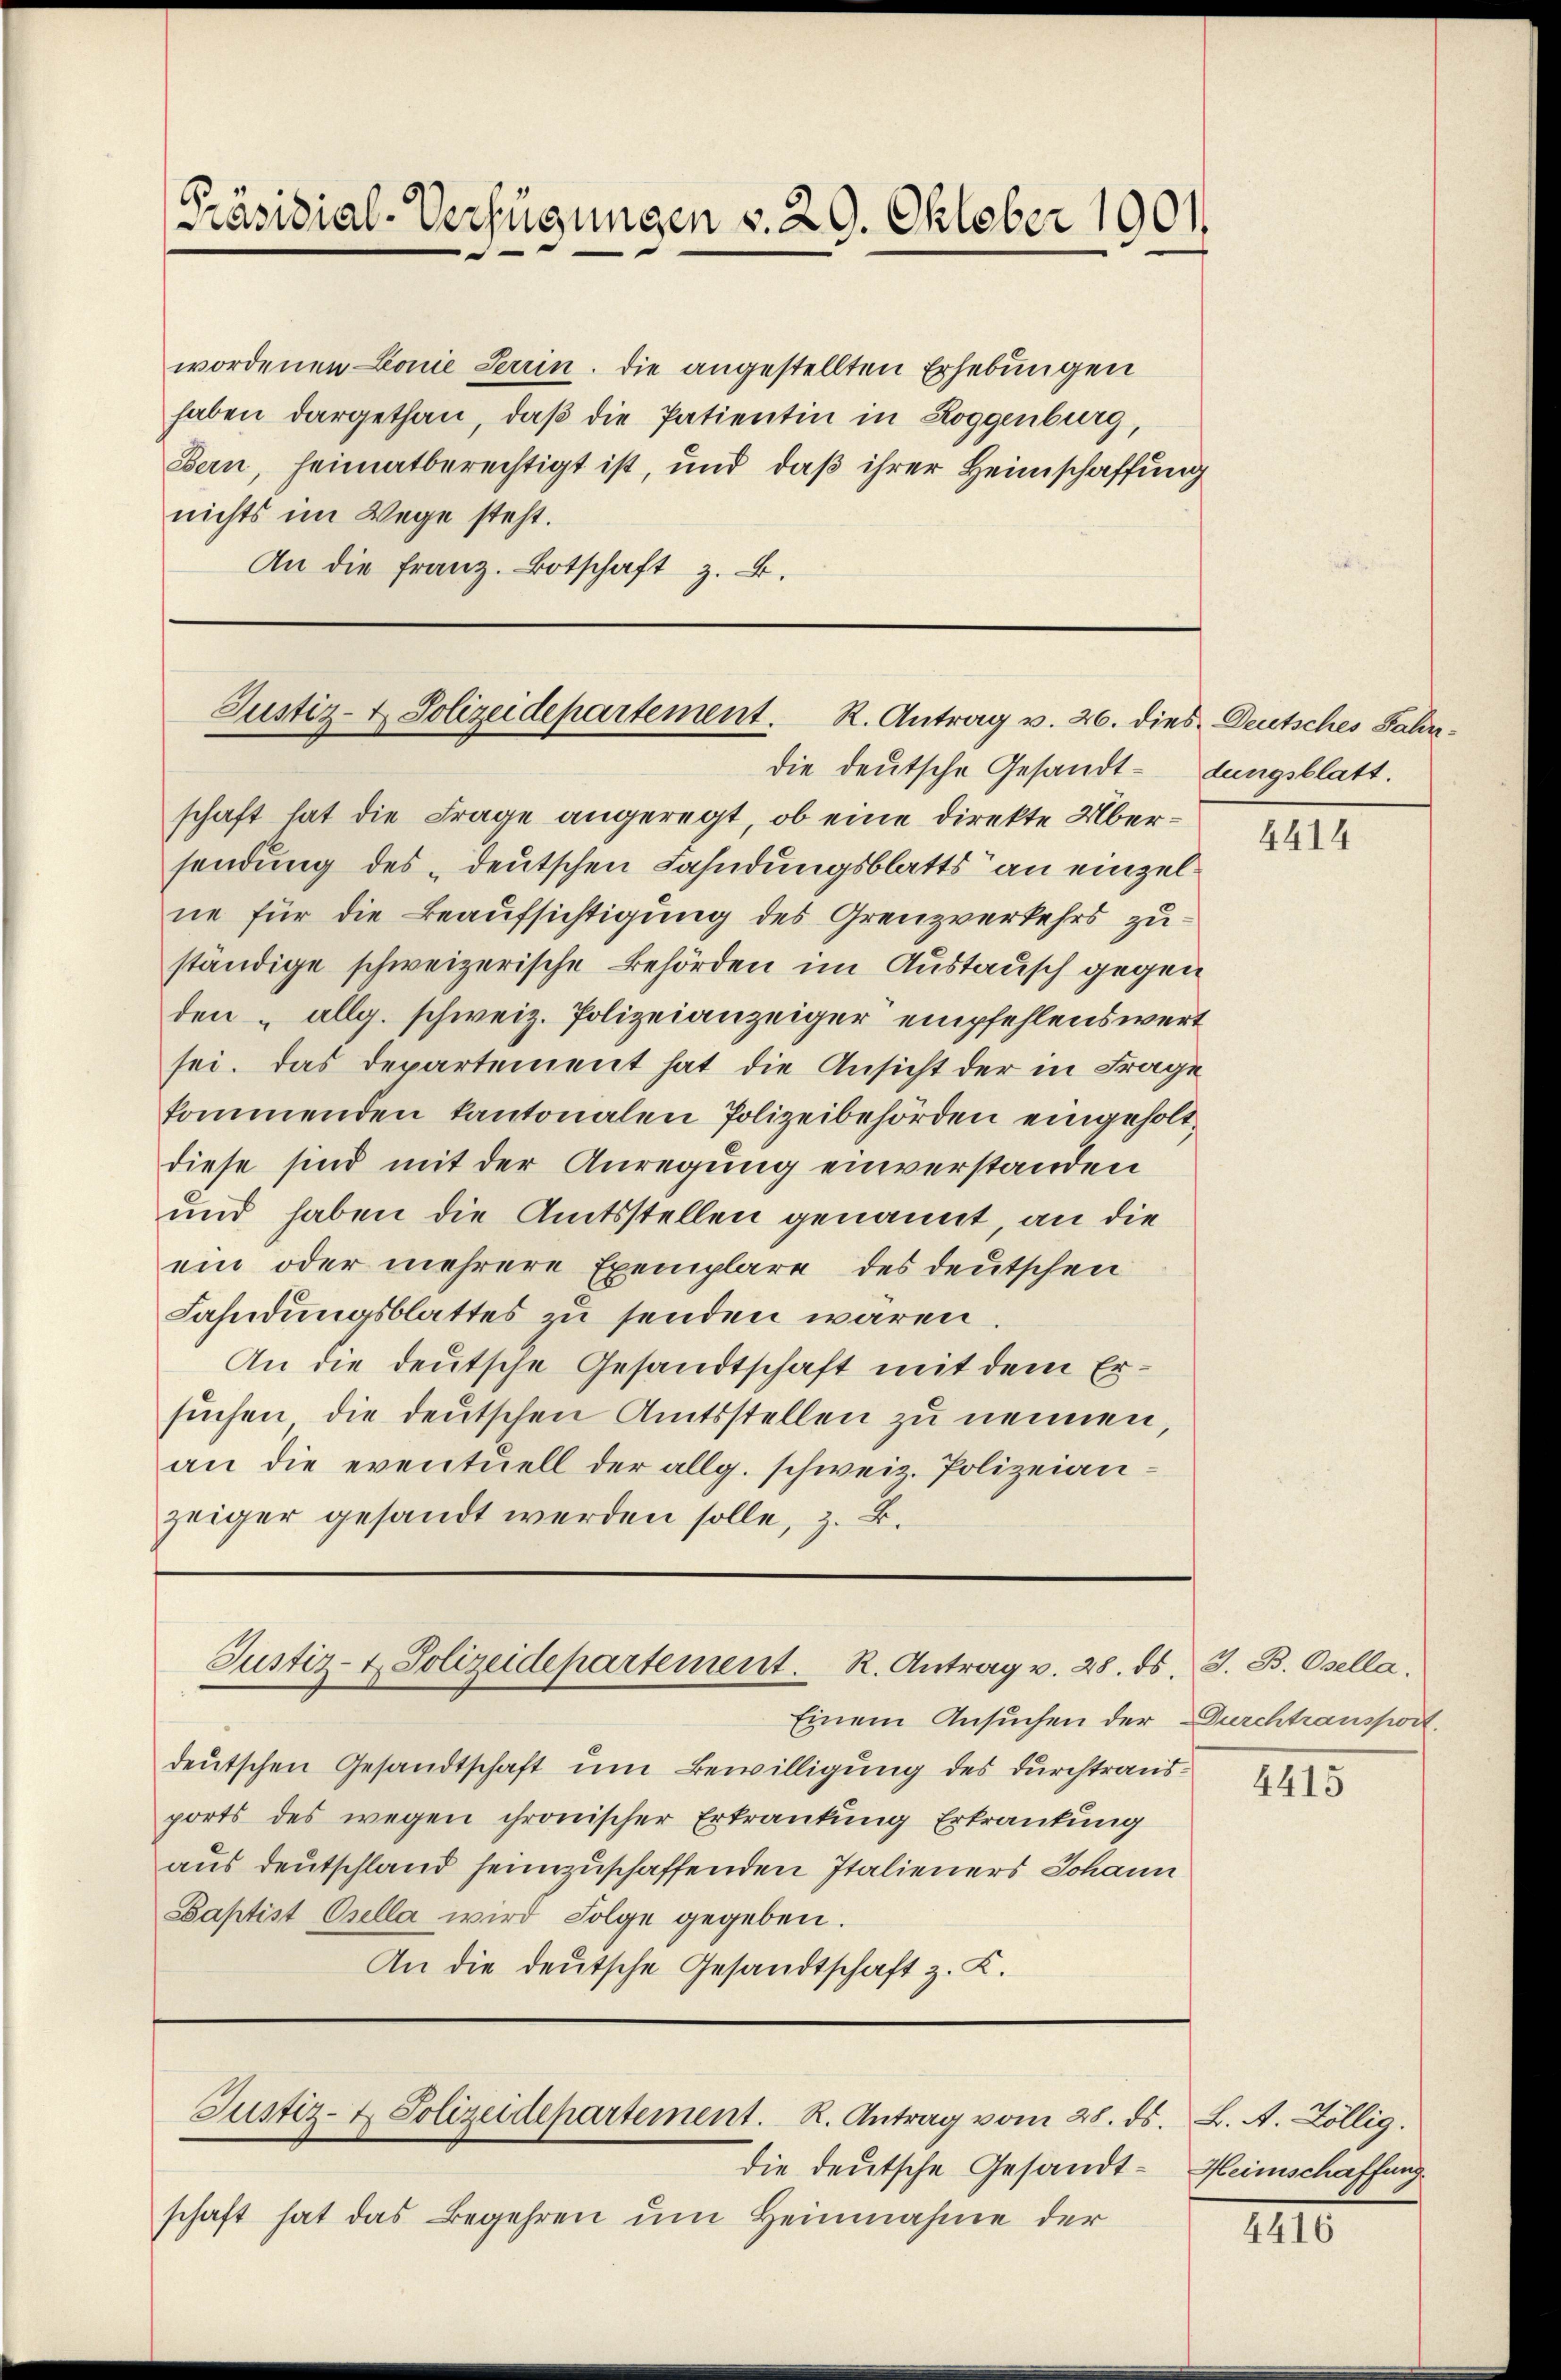
[Präsidial-Verfügungen v. 29. Oktober 1901

wordenen Lonie Terrin. Die angestellten Erhebungen
haben dargethan, daß die Patientin in Roggenburg,
Bern, heimatberechtigt ist, und daß ihrer Heimschaffung
nichts im Wege steht.
An die Franz. Botschaft z. B.

Justiz- & Polizeidepartement. R. Antrag v. 26. dies Deutsches Jahrdie deutsche Gesandt¬

Justiz- & Polizeidepartement. R. Antrag v. 28. ds.

die deutsche Gesandtschaft hat das Begehren um Heinnahme der

Justiz- & Polizeidepartement. R. Antrag vom 28. ds. L. A. Zöllig.

schaft hat die Frage angeregt, ob eine direkte Übersendung des deutschen Fahndungsblatts an einzelne für die Beaufsichtigung des Grenzverkehrs zuständige schweizerische Behörden im Austausch gegen
den allg. schweiz. Polizeianzeiger empfehlenswert
sei. Das Departement hat die Ansicht der in Frage
kommenden kantonalen Polizeibehörden eingeholt,
diese sind mit der Anregung einverstanden
und haben die Amtsstellen genannt, an die
ein oder mehrere Exemplare des deutschen
Fahndŭngsblattes zŭ senden waren.
An die deutsche Gesandtschaft mit dem Ersuchen die deutschen Amtsstellen zu nennen,
an die eventuell der allg. schweiz. Polizeianzeiger gesandt werden solle, z. B.

Einem Ansuchen der Durchtransport.
deutschen Gesandtschaft um Bewilligung des durchtrausports des wegen chronischer Erkrankung Erkrankung
aus deutschland heimzuschaffenden Italieners Johann
Baptist Orella wird Folge gegeben.
An die deutsche Gesandtschaft z. K.

dungsblatt.

4414

J. B. Osella.

4415

Heimschaffung

4416